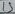
Text: 15